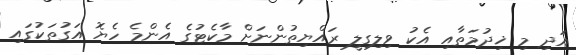
އަދި މި ޚިދުމަތާއި އެކު ވިލިގިލީ ރައްޔިތުންނަށް މާކެޓުގެ އެންމެ ހެޔޮ އަގުތަކުގައި